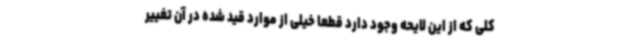
کلی که از این لایحه وجود دارد قطعا خیلی از موارد قید شده در آن تغییر